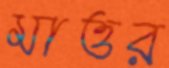
মাত্তর